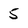
Character: 5